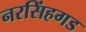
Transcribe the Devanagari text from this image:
नरसिंहगड